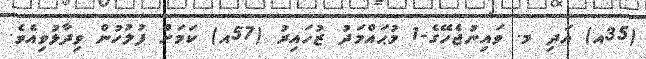
(35އ) އަދި މ. ވައިނުޖެހޭގެ-1 މުޙައްމަދު ޒުހައިރު (57އ) ކަމަށް ފުލުހުން ވިދާޅުވިއެވެ.